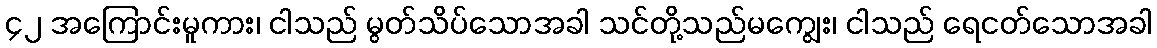
၄၂ အကြောင်းမူကား၊ ငါသည် မွတ်သိပ်သောအခါ သင်တို့သည်မကျွေး၊ ငါသည် ရေငတ်သောအခါ